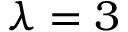
\lambda = 3